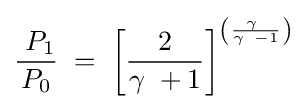
{\frac {\;P_{1}}{P_{0}}}\;=\;\left[{\frac {2}{\gamma \ +1}}\right]^{\left({\frac {\gamma \ }{\gamma \ -1}}\right)}